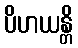
ပိဟယန္တိ